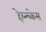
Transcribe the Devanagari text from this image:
हेय्न्च्केस्